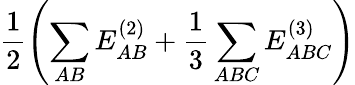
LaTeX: \frac{1}{2}\left(\sum_{AB}E_{AB}^{(2)}+\frac{1}{3}\sum_{ABC}E_{ABC}^{(3)}\right)